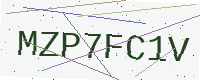
Text: MZP7FC1V